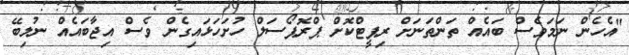
"އެހެން ނަމަވެސް ބައެއް ތަންތަނަށް ރިޕީޓްކޮށް ޕްރޮޕޯސަލް ހުށަހަޅައިގެން ވެސް އިޖާބައެއް ނުލިބޭ